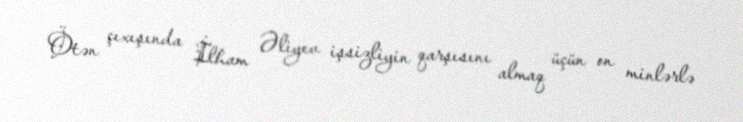
Ötən çıxışında İlham Əliyev işsizliyin qarşısını almaq üçün on minlərlə